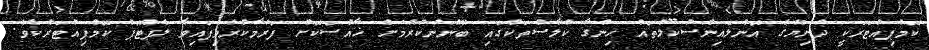
ކޮމްޕިއުޓަރަކީ ދުނިޔޭގެ އޮންލައިންސުކޫލުތައް ހިންގާ ކުލާސްތަކުގައި ބޭނުންކުރުމަށް ޚާއްސަކޮށް ފަރުމާކުރެވިފައިވާ ލެޕްޓޮޕް ކޮމްޕިއުޓަރެކެވެ.